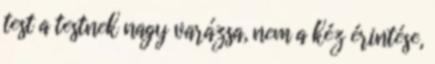
test a testnek nagy varázsa, nem a kéz érintése,